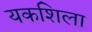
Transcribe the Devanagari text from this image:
यकशिला